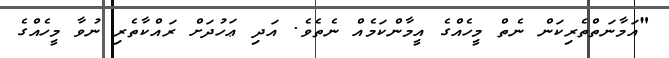
"އަމާނަތްތެރިކަން ނެތް މީހެއްގެ އީމާންކަމެއް ނެތެވެ. އަދި ޢަހުދަށް ރައްކާތެރި ނުވާ މީހެއްގެ